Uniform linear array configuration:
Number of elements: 32
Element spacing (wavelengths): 0.25
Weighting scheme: hann
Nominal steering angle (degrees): -60
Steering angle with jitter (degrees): -60.276
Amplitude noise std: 0.05
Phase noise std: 0.05

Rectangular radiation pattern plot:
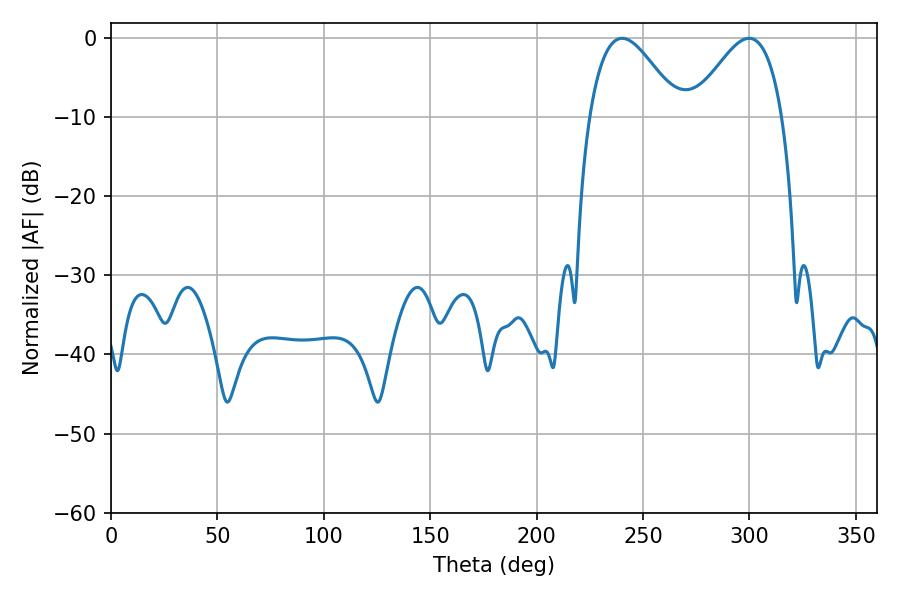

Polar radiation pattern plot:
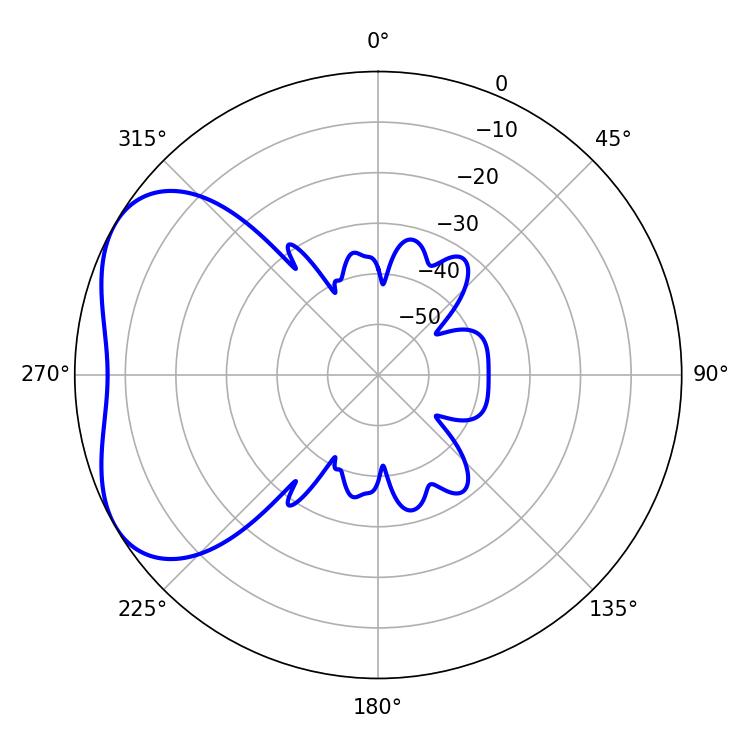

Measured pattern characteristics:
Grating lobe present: FALSE
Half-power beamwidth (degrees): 22.68
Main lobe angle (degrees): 240.12